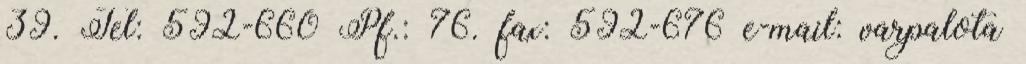
39. Tel: 592-660 Pf.: 76. fax: 592-676 e-mail: varpalota